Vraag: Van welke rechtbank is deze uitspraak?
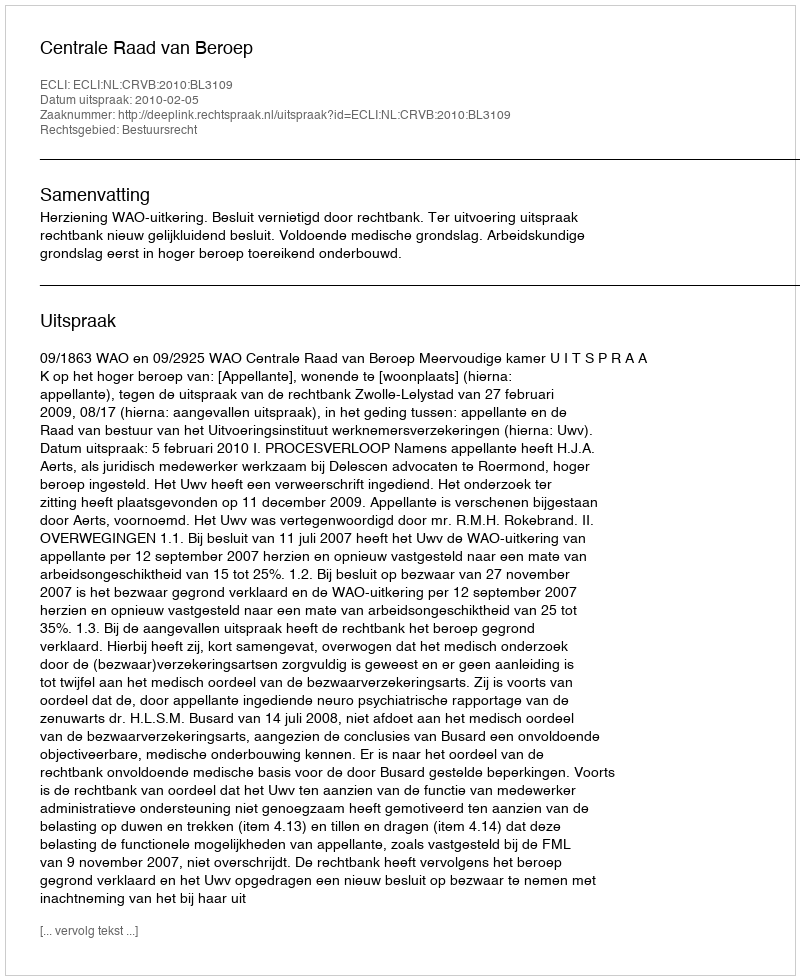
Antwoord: Centrale Raad van Beroep